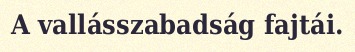
A vallásszabadság fajtái.